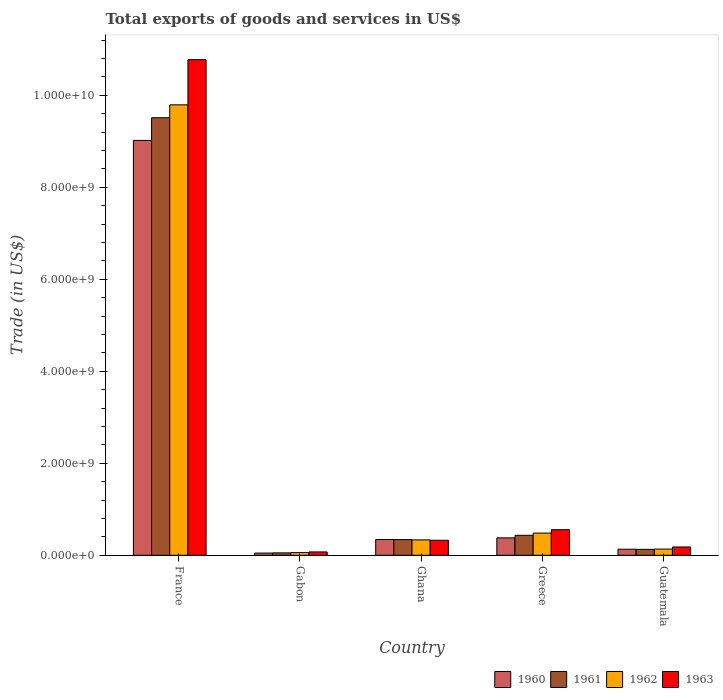
| Country | 1960 | 1961 | 1962 | 1963 |
 | --- | --- | --- | --- | --- |
 | France | 9.02e+09 | 9.51e+09 | 9.79e+09 | 1.08e+10 |
 | Gabon | 4.83e+07 | 5.23e+07 | 5.8e+07 | 7.28e+07 |
 | Ghana | 3.43e+08 | 3.4e+08 | 3.35e+08 | 3.26e+08 |
 | Greece | 3.78e+08 | 4.34e+08 | 4.83e+08 | 5.56e+08 |
 | Guatemala | 1.32e+08 | 1.29e+08 | 1.35e+08 | 1.8e+08 |